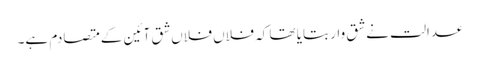
عدالت نے شق وار بتایا تھا کہ فلاں فلاں شق آئین کے متصادم ہے۔